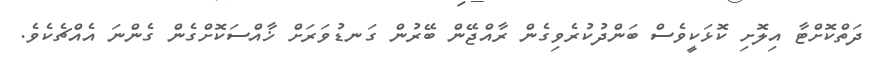
ދަތްކޮށްޓާ އިލޮށި ކޮޅަކީވެސް ބަންދުކުރެވިގެން ރާއްޖޭން ބޭރުން ގަނޑުވަރަށް ޚާއްސަކޮށްގެން ގެންނަ އެއްޗެކެވެ.